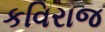
કવિરાજ